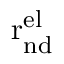
\mathrm { r _ { n d } ^ { e l } }